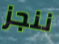
ننجز